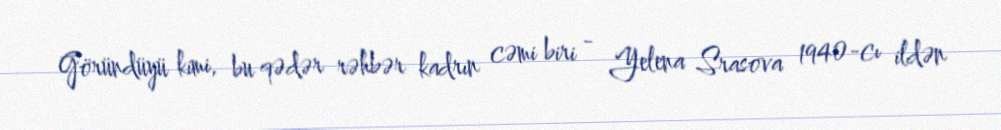
Göründüyü kimi, bu qədər rəhbər kadrın cəmi biri - Yelena Srasova 1940-cı ildən